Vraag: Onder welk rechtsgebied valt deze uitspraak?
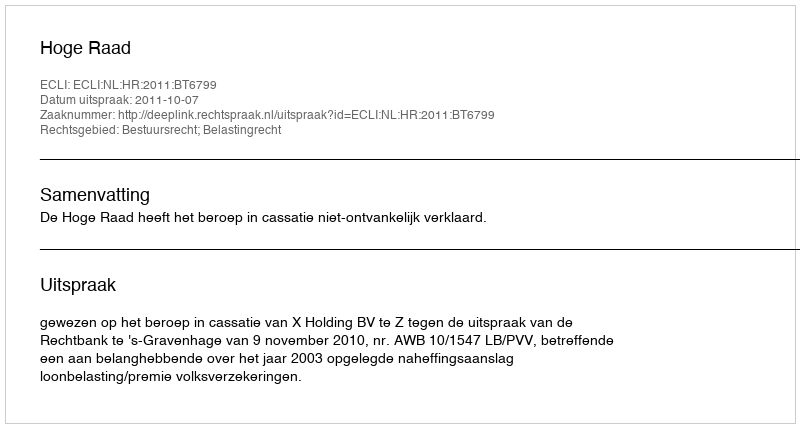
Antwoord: Bestuursrecht; Belastingrecht